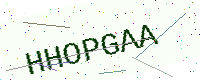
Text: HHOPGAA